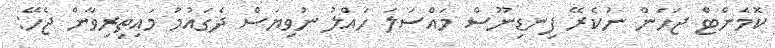
ކޮމެންޓް ޖަހަން ނުކެރޭ ފިނޑިނޫސް މައްސަލަ ހައްލު ނުވިޔަސް ދެގައުމު މައިތިރިވާން ޖެހޭ: